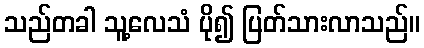
သည်တခါ သူ့လေသံ ပို၍ ပြတ်သားလာသည်။